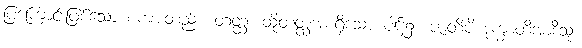
ပြကြောင်းဖြစ်သော စကားတည်း။ တတ္ထ၊ ထိုတတ္ထအစရှိသော ပါဌ်၌။ ဇာတိပိ ဒုက္ခာတိအာဒီသု၊